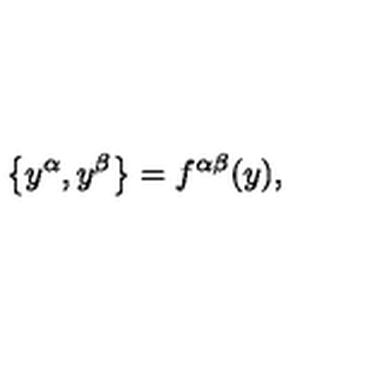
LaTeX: \bigl \{ y ^ { \alpha } , y ^ { \beta } \bigr \} = f ^ { \alpha \beta } ( y ) ,